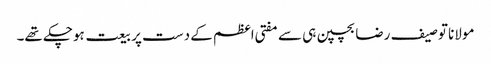
مولانا توصیف رضا بچپن ہی سے مفتی اعظم کے دست پر بیعت ہوچکے تھے۔